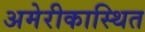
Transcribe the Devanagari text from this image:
अमेरीकास्थित